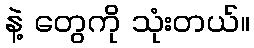
နဲ့ တွေကို သုံးတယ်။